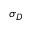
\sigma _ { D }